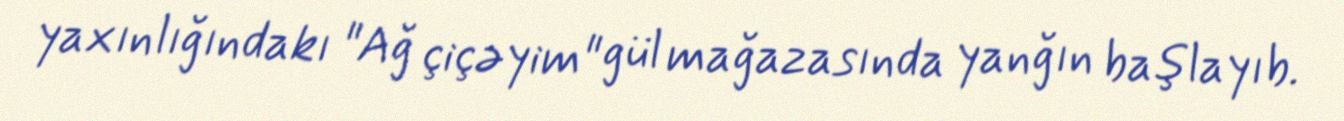
yaxınlığındakı "Ağ çiçəyim" gül mağazasında yanğın başlayıb.